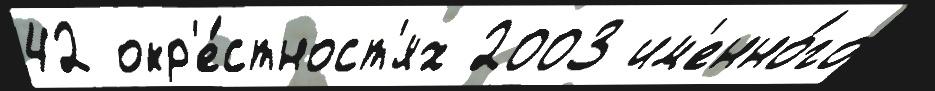
42 окр'е́стност'ях 2003 им'енно́го